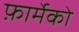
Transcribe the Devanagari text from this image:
फ़ार्मेको